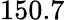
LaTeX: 150.7